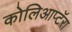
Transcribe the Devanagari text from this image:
कोलिआप्टॅरा